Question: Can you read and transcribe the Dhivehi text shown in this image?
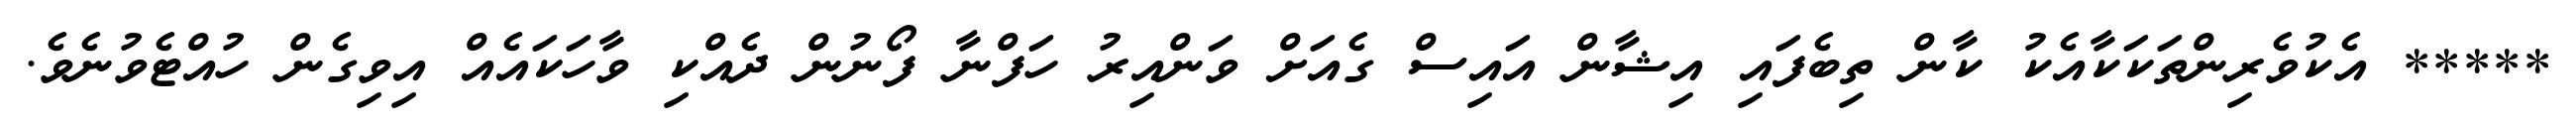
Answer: ***** އެކުވެރިންތަކަކާއެކު ކާން ތިބެފައި އިޝާން އައިސް ގެއަށް ވަންއިރު ހަފްނާ ފޯނުން ދެއްކި ވާހަކައެއް އިވިގެން ހުއްޓެވުނެވެ.